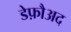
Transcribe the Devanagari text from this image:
डेफ़ौअद